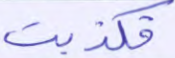
فكذبت